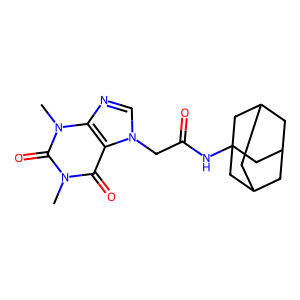
SMILES: Cn1c(=O)c2c(ncn2CC(=O)NC23CC4CC(CC(C4)C2)C3)n(C)c1=O
Inhibits HIV replication: No